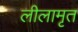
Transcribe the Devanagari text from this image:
लीलामृत